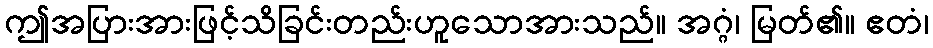
ဤအပြားအားဖြင့်သိခြင်းတည်းဟူသောအားသည်။ အဂ္ဂံ၊ မြတ်၏။ ဧတံ၊